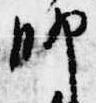
師